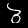
Label: 3